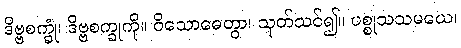
ဒိဗ္ဗစက္ခုံ၊ ဒိဗ္ဗစက္ခုကို။ ဝိသောဓေတွာ၊ သုတ်သင်၍။ ပစ္စုသသမယေ၊